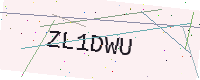
Text: ZL1DWU